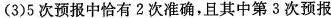
(3)5次预报中恰有2次准确，且其中第3次预报